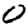
Digit: 0